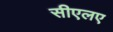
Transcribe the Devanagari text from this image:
सीएलए